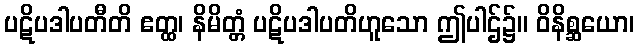
ပဋိပဒါပတီတိ ဧတ္ထ၊ နိမိတ္တံ ပဋိပဒါပတိဟူသော ဤပါဌ်၌။ ဝိနိစ္ဆယော၊